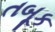
તબૂક